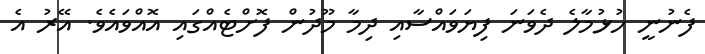
ފެނުނީ ހުޅުމާލެ ދެވަނަ ފިޔަވައްސާއި ދިމާ މޫދުން ފޮށްޓެއްގައި އޮއްވައެވެ. އޭރު އެ